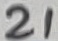
Text: 21